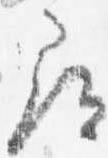
尋